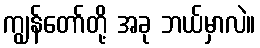
ကျွန်တော်တို့ အခု ဘယ်မှာလဲ။